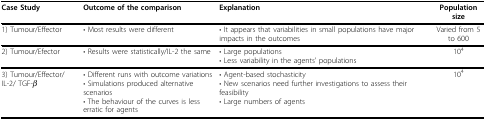
<table><thead><tr><td><b>Case Study</b></td><td><b>Outcome of the comparison</b></td><td><b>Explanation</b></td><td><b>Population size</b></td></tr></thead><tbody><tr><td>1) Tumour/Effector</td><td>• Most results were different</td><td>• It appears that variabilities in small populations have major impacts in the outcomes</td><td>Varied from 5 to 600</td></tr><tr><td>2) Tumour/Efector</td><td>• Results were statistically/IL-2 the same</td><td>• Large populations• Less variability in the agents&#x27; populations</td><td>10<sup>4</sup></td></tr><tr><td>3) Tumour/Effector/ IL-2/ TGF-<i>β</i></td><td>• Different runs with outcome variations• Simulations produced alternative scenarios• The behaviour of the curves is less erratic for agents</td><td>• Agent-based stochasticity• New scenarios need further investigations to assess their feasibility• Large numbers of agents</td><td>10<sup>4</sup></td></tr></tbody></table>